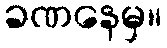
ခဏနေမှ။